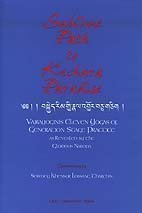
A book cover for Sublime Path to Kechara Paradise: Vajrayogini's Eleven Yogas of Generation Stage Practice As Revealed by Glorious Naropa; Sermey Geshe Lobsang Tharchin; Religion & Spirituality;